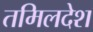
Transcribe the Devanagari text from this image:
तमिलदेश